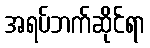
အရပ်ဘက်ဆိုင်ရာ